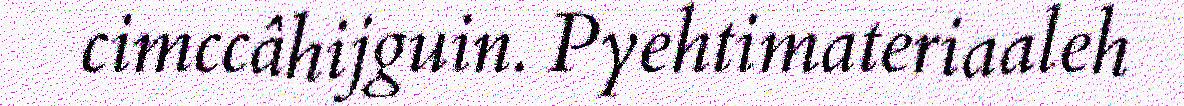
cimccâhijguin. Pyehtimateriaaleh